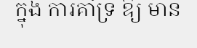
ក្នុង ការគាំទ្រ ឱ្យ មាន